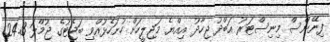
ފިނޭންސް މިނިސްޓަރު އަބްދު ޖިހާދު އިއްޔެ މަޖިލީހަށް ހުށަހެޅުއްވި ބަޖެޓުގެ ޖުމްލަ 24.3